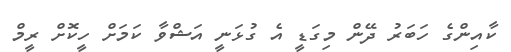
ކާއިންގެ ހަބަރު ދޭން މިގަޑީ އެ ގުޅަނީ އަޝްވާ ކަމަށް ހީކޮށް ރީމް